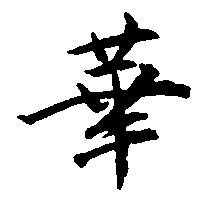
華